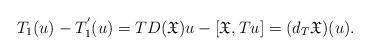
LaTeX: \begin{align*}&T_1(u)-T^{'}_1(u)=TD(\mathfrak{X})u-[\mathfrak{X},Tu]=(d_T\mathfrak{X})(u).\end{align*}